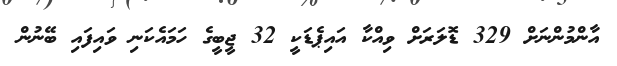
އާންމުންނަށް 329 ޑޮލަރަށް ވިއްކާ އައިޕެޑަކީ 32 ޖީބީގެ ހަމައެކަނި ވައިފައި ބޭނުން